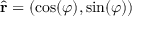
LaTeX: { \hat { \mathbf { r } } } = ( \cos ( \varphi ) , \sin ( \varphi ) )